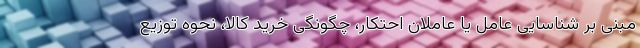
مبنی بر شناسایی عامل یا عاملان احتکار، چگونگی خرید کالا، نحوه توزیع